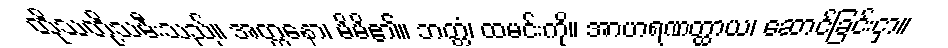
ထိုသတို့သမီးသည်။ အတ္တနော၊ မိမိ၏။ ဘတ္တံ၊ ထမင်းကို။ အာဟရဏတ္ထာယ၊ ဆောင်ခြင်းငှာ။